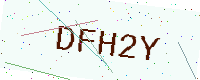
Text: DFH2Y